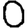
Digit: 0